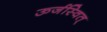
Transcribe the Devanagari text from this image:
ऊर्जस्वित्